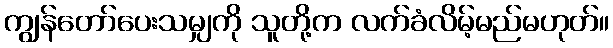
ကျွန်တော်ပေးသမျှကို သူတို့က လက်ခံလိမ့်မည်မဟုတ်။